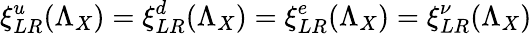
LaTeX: \xi_{LR}^{u}(\Lambda_{X})=\xi_{LR}^{d}(\Lambda_{X})=\xi_{LR}^{e}(\Lambda_{X})=\xi_{LR}^{\nu}(\Lambda_{X})